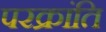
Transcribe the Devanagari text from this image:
परक्रांति